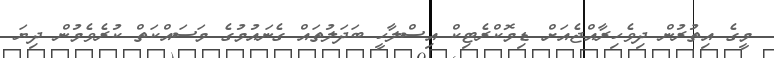
މީގެ އިތުރުން ދިވެހިރާއްޖެއަށް ޑިމޮކްރެޓިކް އިސްލާހީ ބަދަލުތައް ގެނައުމުގެ މަސައްކަތް ކުރެވެމުން ދިޔަ